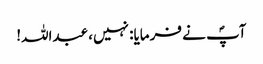
آپؐ نے فرمایا: نہیں، عبداللہ!